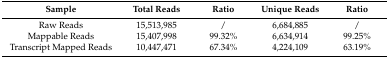
<table><thead><tr><td><b>Sample</b></td><td><b>Total Reads</b></td><td><b>Ratio</b></td><td><b>Unique Reads</b></td><td><b>Ratio</b></td></tr></thead><tbody><tr><td>Raw Reads</td><td>15,513,985</td><td>/</td><td>6,684,885</td><td>/</td></tr><tr><td>Mappable Reads</td><td>15,407,998</td><td>99.32%</td><td>6,634,914</td><td>99.25%</td></tr><tr><td>Transcript Mapped Reads</td><td>10,447,471</td><td>67.34%</td><td>4,224,109</td><td>63.19%</td></tr></tbody></table>